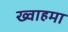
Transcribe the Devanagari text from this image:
ख्वाहमा